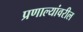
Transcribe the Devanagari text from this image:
प्रणाल्यांवरील